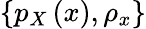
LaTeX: \left\{ p_{X}\left(x\right),\rho_{x}\right\}